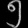
Digit: ၅